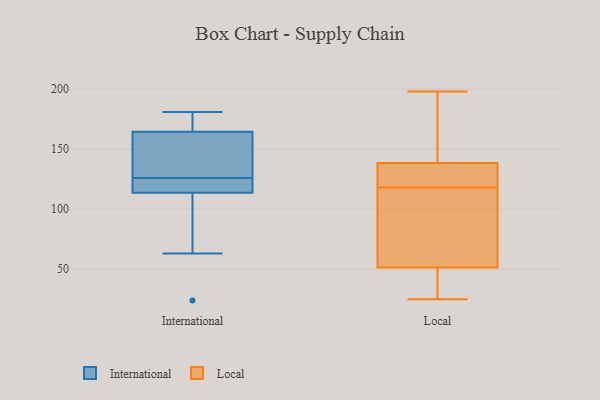
{"axis": {"x": "Net Income (USD K)", "y": "Value"}, "legend": ["International", "Local"], "data": [{"x": "", "y": 124, "type": "International"}, {"x": "", "y": 111, "type": "International"}, {"x": "", "y": 126, "type": "International"}, {"x": "", "y": 129, "type": "International"}, {"x": "", "y": 178, "type": "International"}, {"x": "", "y": 181, "type": "International"}, {"x": "", "y": 24, "type": "International"}, {"x": "", "y": 63, "type": "International"}, {"x": "", "y": 174, "type": "International"}, {"x": "", "y": 136, "type": "International"}, {"x": "", "y": 122, "type": "International"}, {"x": "", "y": 88, "type": "Local"}, {"x": "", "y": 129, "type": "Local"}, {"x": "", "y": 55, "type": "Local"}, {"x": "", "y": 146, "type": "Local"}, {"x": "", "y": 38, "type": "Local"}, {"x": "", "y": 25, "type": "Local"}, {"x": "", "y": 54, "type": "Local"}, {"x": "", "y": 189, "type": "Local"}, {"x": "", "y": 131, "type": "Local"}, {"x": "", "y": 192, "type": "Local"}, {"x": "", "y": 198, "type": "Local"}, {"x": "", "y": 46, "type": "Local"}, {"x": "", "y": 112, "type": "Local"}, {"x": "", "y": 131, "type": "Local"}, {"x": "", "y": 49, "type": "Local"}, {"x": "", "y": 124, "type": "Local"}]}